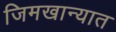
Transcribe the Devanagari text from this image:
जिमखान्यात